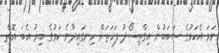
ނަމަ އެކަމުގެ ސަބަބުން އިގްތިސޯދު ފަހަތަށް ހިނގައިދާނެ ކަމުގެ ބިރު އެބަ އޮތް